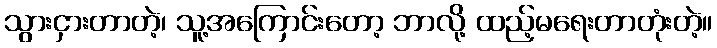
သွားငှားတာတဲ့၊ သူ့အကြောင်းတော့ ဘာလို့ ထည့်မရေးတာတုံးတဲ့။